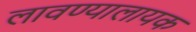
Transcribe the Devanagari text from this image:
लावण्यालायक